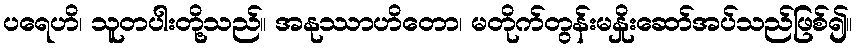
ပရေဟိ၊ သူတပါးတို့သည်။ အနုဿာဟိတော၊ မတိုက်တွန်းမနှိုးဆော်အပ်သည်ဖြစ်၍။